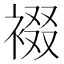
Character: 裰